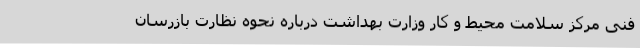
فنی مرکز سلامت محیط و کار وزارت بهداشت درباره نحوه نظارت بازرسان